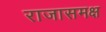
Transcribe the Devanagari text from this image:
राजासमक्ष